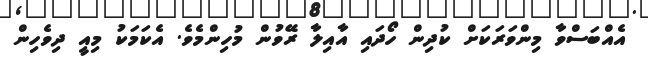
އެއްބަސްވާ މިންވަރަކަށް ކުދިން ހޯދައި އާއިލާ ރޭވުން މުހިންމެވެ. އެކަމަކު މިއީ ދިވެހިން